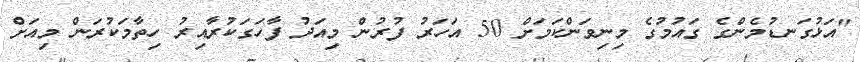
"އަޅުގަނޑުމެންގެ ގައުމުގެ މިނިވަންކަމަށް 50 އަހަރު ފުރުން މިއަދު ފާހަގަކުރާއިރު ހިތާމަކުރަން މިއަށް